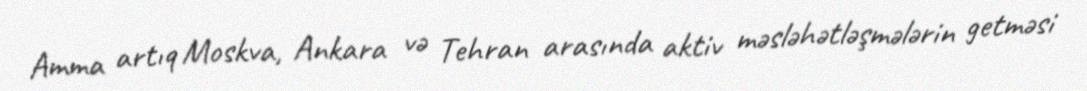
Amma artıq Moskva, Ankara və Tehran arasında aktiv məsləhətləşmələrin getməsi